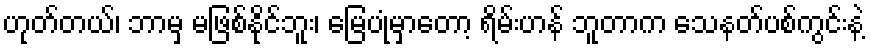
ဟုတ်တယ်၊ ဘာမှ မဖြစ်နိုင်ဘူး၊ မြေပုံမှာတော့ ရိမ်းဟန် ဘူတာက သေနတ်ပစ်ကွင်းနဲ့